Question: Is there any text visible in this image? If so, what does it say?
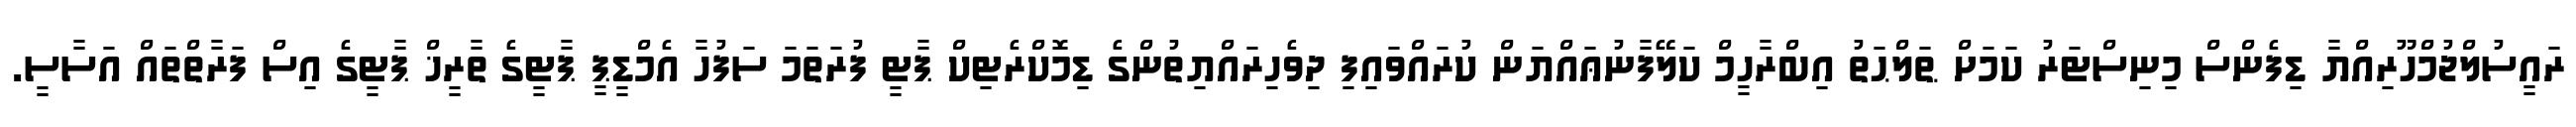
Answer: ރައީސުލްޖުމްހޫރިއްޔާ ޑިފެންސް މިނިސްޓަރު ކަމަށް ޠަލްޙަތު އިބްރާހީމް ކަލޭފާނުޢައްޔަން ކުރައްވައިފި ދިވެހިރައްޔިތުންގެ ޑިމޮކްރެޓިކް ޕާޓީ ފުރަތަމަ ސަފުހާ އެމްޑީޕީ ޕާޓީގެ ތާރީޚް ޕާޓީގެ އިސް ފަރާތްތައް އަސާސީ.